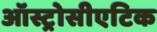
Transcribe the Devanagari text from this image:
ऑस्ट्रोसीएटिक